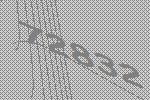
72832